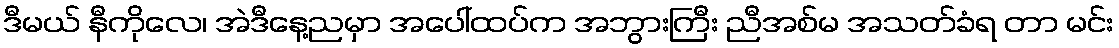
ဒီမယ် နီကိုလေ၊ အဲဒီနေ့ညမှာ အပေါ်ထပ်က အဘွားကြီး ညီအစ်မ အသတ်ခံရ တာ မင်း